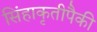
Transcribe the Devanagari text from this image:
सिंहाकृतीपैकी